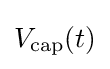
V_{\text{cap}}(t)